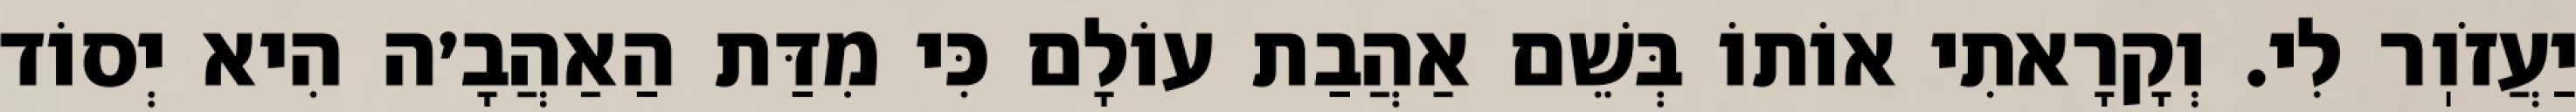
יַעֲזֹוֽר לִי. וְקָרָאתִי אוֹתוֹ בְּשֵׁם אַהֲבַת עוֹלָם כִּי מִדַּת הַאַהֲבָ׳ה הִיא יְסוֹד